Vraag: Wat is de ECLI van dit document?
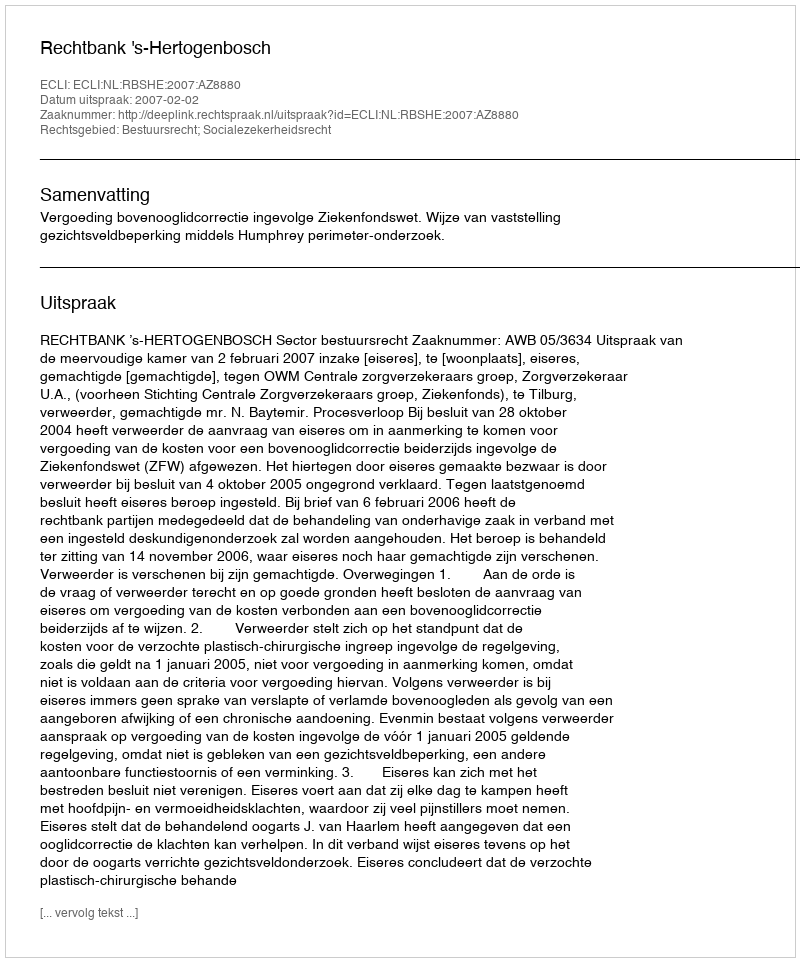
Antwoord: ECLI:NL:RBSHE:2007:AZ8880